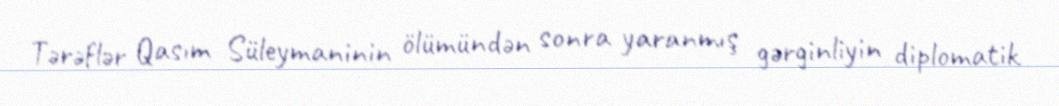
Tərəflər Qasım Süleymaninin ölümündən sonra yaranmış gərginliyin diplomatik